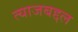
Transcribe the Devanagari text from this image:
त्याजबद्दल